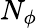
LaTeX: N_{\phi}